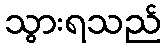
သွားရသည်